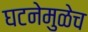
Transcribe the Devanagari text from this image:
घटनेमुळेच